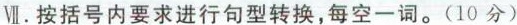
Ⅶ.按括号内要求进行句型转换,每空一词.(10分)